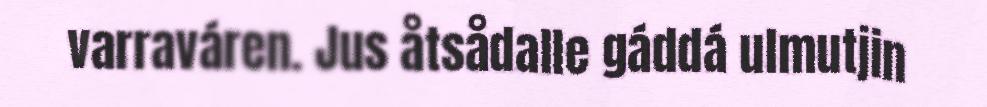
varraváren. Jus åtsådalle gáddá ulmutjin